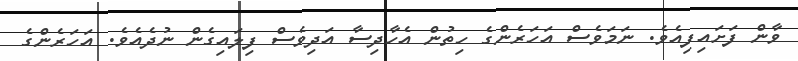
ވާން ފަށައިފިއެވެ. ނަމަވެސް އަހަރެންގެ ހިތުން އެހާދިސާ އަދިވެސް ފިލައިގެން ނުދެއެވެ. އަހަރެންގެ